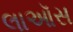
લાઑસ